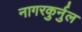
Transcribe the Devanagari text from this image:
नागरकुर्नुल